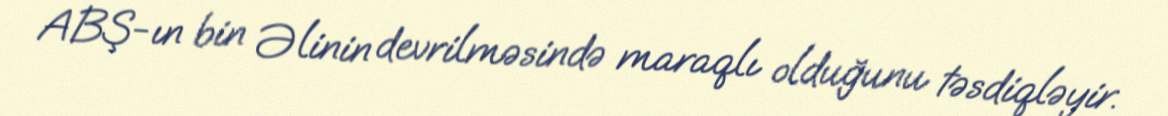
ABŞ-ın bin Əlinin devrilməsində maraqlı olduğunu təsdiqləyir.